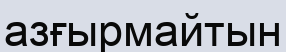
азғырмайтын